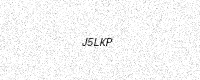
Text: J5LKP